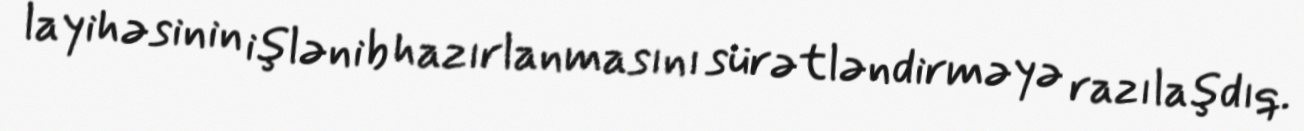
layihəsinin işlənib hazırlanmasını sürətləndirməyə razılaşdıq.